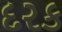
દરક